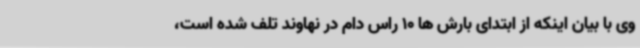
وی با بیان اینکه از ابتدای بارش ها 10 راس دام در نهاوند تلف شده است،